Annual report of the Prince of Wales Medical College, Patna
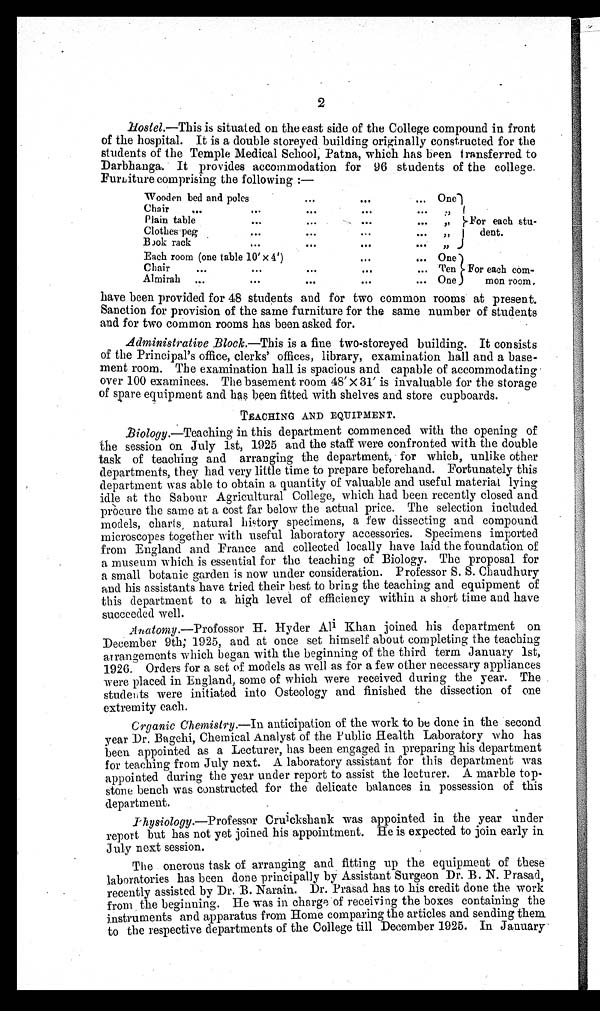
2
Hostel.—This is situated on the east side of the College compound in front
of the hospital. It is a double storeyed building originally constructed for the
students of the Temple Medical School, Patna, which has been transferred to
Darbhanga. It provides accommodation for 96 students of the college.
Furniture comprising the following:—
Wooden bed and poles
One
For each stu
dent.
Chair
Plain table
Clothes peg
Book rack
Each room (one table 10'× 4')
One
For each com
mon room,
Chair
Ten
Almirah
One
have been provided for 48 students and for two common rooms at present.
Sanction for provision of the same furniture for the same number of students
and for two common rooms has been asked for.
Administrative Block.— This is a fine two-storeyed building. It consists
of the Principal's office, clerks' offices, library, examination hall and a base
ment room. The examination hall is spacious and capable of accommodating
over 100 examinees. The basement room 48' × 31' is invaluable for the storage
of spare equipment and has been fitted with shelves and store cupboards.
TEACHING AND EQUIPMENT.
Biology.— Teaching in this department commenced with the opening of
the session on July 1st, 1925 and the staff were confronted with the double
task of teaching and arranging the department, for which, unlike other
departments, they had very little time to prepare beforehand. Fortunately this
department was able to obtain a quantity of valuable and useful material lying
idle at the Sabour Agricultural College, which had been recently closed and
procure the same at a cost far below the actual price. The selection included
models, charts, natural history specimens, a few dissecting and compound
microscopes together with useful laboratory accessories. Specimens imported
from England and France and collected locally have laid the foundation of
a museum which is essential for the teaching of Biology. The proposal for
a small botanic garden is now under consideration. Professor S. S. Chaudhury
and his assistants have tried their best to bring the teaching and equipment of
this department to a high level of efficiency within a short time and have
succeeded well.
Anatomy.— Profossor H. Hyder Ali Khan joined his department on
December 9th; 1925, and at once set himself about completing the teaching
arrangements which began with the beginning of the third term January 1st,
1926. Orders for a set of models as well as for a few other necessary appliances
were placed in England, some of which were received during the year. The
students were initiated into Osteology and finished the dissection of one
extremity each.
Crganic Chemistry.— In anticipation of the work to be done in the second
year Dr. Bagchi, Chemical Analyst of the Public Health Laboratory who has
been appointed as a Lecturer, has been engaged in. preparing his department
for teaching from July next. A laboratory assistant for this department was
appointed during the year under report to assist the lecturer. A marble top
stone bench was constructed for the delicate balances in possession of this
department.
Physiology.— Professor Cruickshank was appointed in the year under
report but has not yet joined his appointment. He is expected to join early in
July next session,
The onerous task of arranging and fitting up the equipment of these
laboratories has been done principally by Assistant Surgeon Dr. B. N. Prasad,
recently assisted by Dr. B. Narain. Dr. Prasad has to his credit done the. work
from the beginning. He was in charge of receiving the boxes containing the
instruments and apparatus from Home comparing the articles and sending them
to the respective departments of the College till Decembar 1925. In January